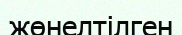
жөнелтілген